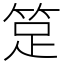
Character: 𥭽